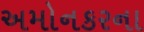
અમોનકરના